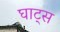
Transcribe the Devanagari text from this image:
घाट्स